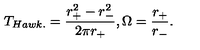
T _ { H a w k . } = \frac { r _ { + } ^ { 2 } - r _ { - } ^ { 2 } } { 2 \pi r _ { + } } , \Omega = \frac { r _ { + } } { r _ { - } } .